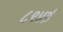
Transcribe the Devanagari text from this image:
८९४ई